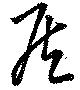
矦